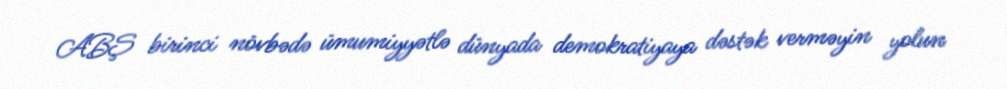
ABŞ birinci növbədə ümumiyyətlə dünyada demokratiyaya dəstək verməyin yolun